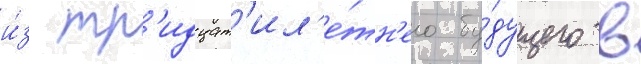
и́з тр'идцат'ил'е́тн'его бу́дущего в